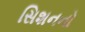
સિશનનો